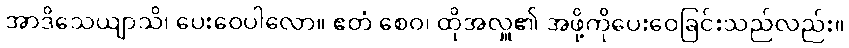
အာဒိသေယျာသိ၊ ပေးဝေပါလော။ ဧတံ စေဝ၊ ထိုအလှူ၏ အဖို့ကိုပေးဝေခြင်းသည်လည်း။